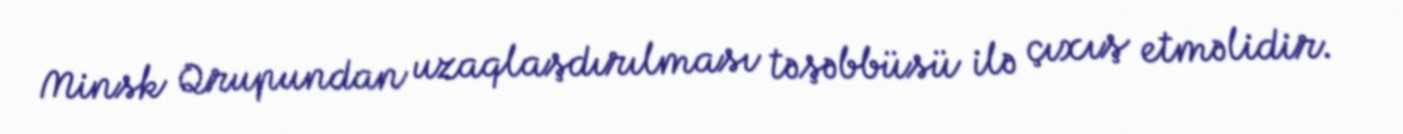
Minsk Qrupundan uzaqlaşdırılması təşəbbüsü ilə çıxış etməlidir.